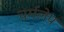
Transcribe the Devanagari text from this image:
चर्मलेप